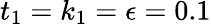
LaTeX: t_{1}=k_{1}=\epsilon=0.1